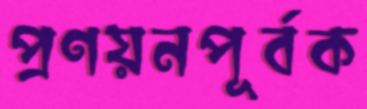
প্রণয়নপূর্বক